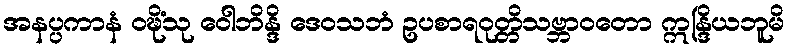
အနပ္ပကာနံ ဝဍ္ဎိံသု ဝေါဘိန္ဒိ ဒေဝသဘံ ဥပစာရဝုတ္တိသဗ္ဘာဝတော ဣန္ဒြိယဘူမိ